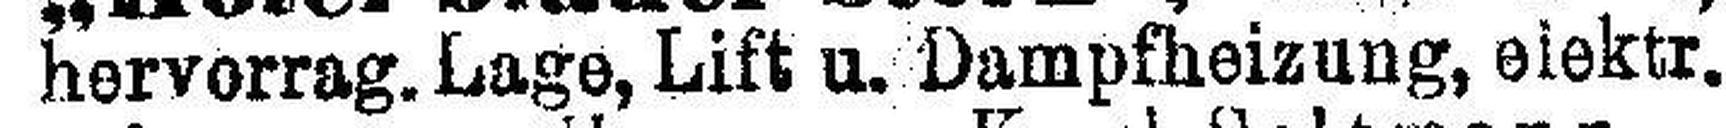
hervorrag. Lage, Lift u. Dampfheizung, eiektr.